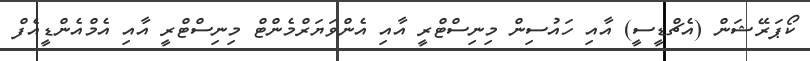
ކޯޕަރޭޝަން (އެޗްޑީސީ) އާއި ހައުސިން މިނިސްޓްރީ އާއި އެންވަޔަރްމެންޓް މިނިސްޓްރީ އާއި އެމްއެންޑީއެފް